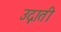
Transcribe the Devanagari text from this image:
उद्गाती